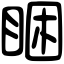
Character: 睏